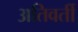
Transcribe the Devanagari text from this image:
अतिवर्ती